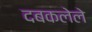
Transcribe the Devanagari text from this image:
दबकलेले